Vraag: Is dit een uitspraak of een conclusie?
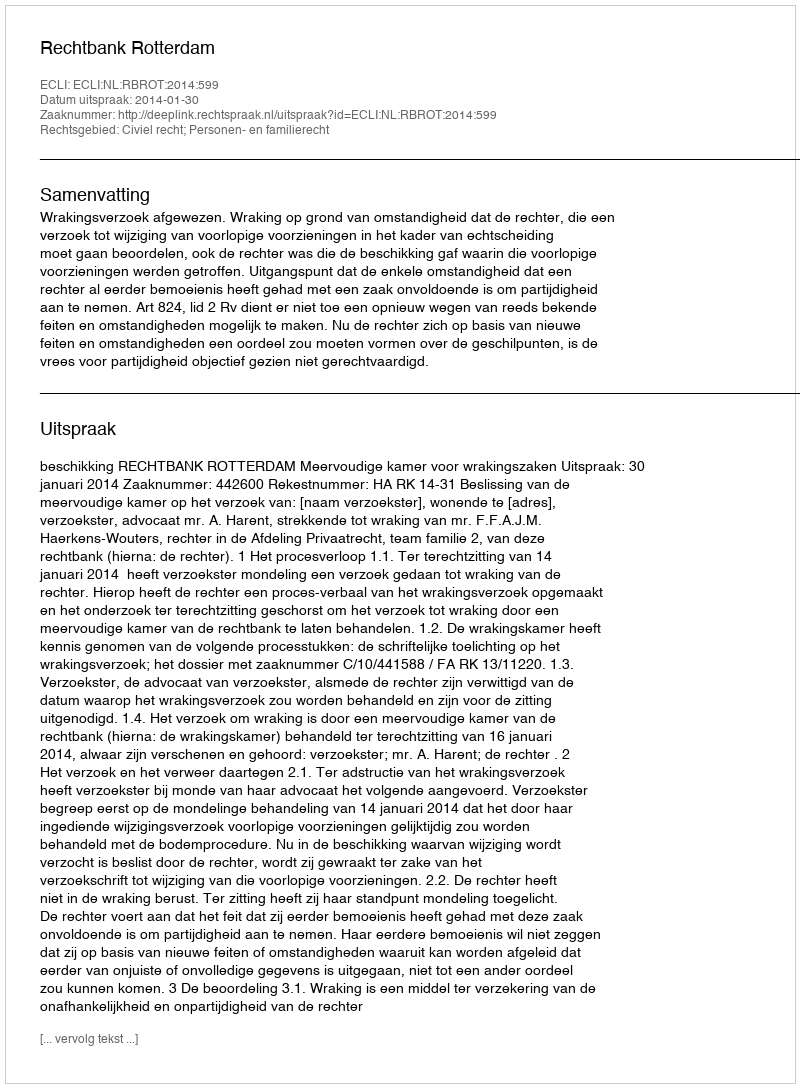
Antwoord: Uitspraak